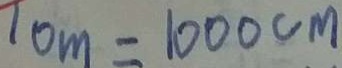
1 0 m = 1 0 0 0 c m